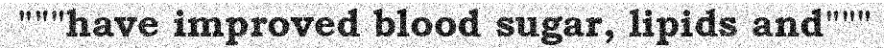
"""have improved blood sugar, lipids and"""